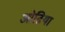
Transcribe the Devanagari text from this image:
ओढिया